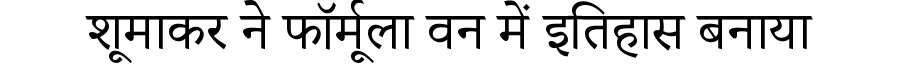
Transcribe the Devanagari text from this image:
शूमाकर ने फॉर्मूला वन में इतिहास बनाया